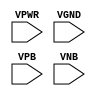
module sky130_fd_sc_lp__tapvpwrvgnd (
    VPWR,
    VGND,
    VPB ,
    VNB
);

    // Module ports
    input VPWR;
    input VGND;
    input VPB ;
    input VNB ;
     // No contents.
endmodule